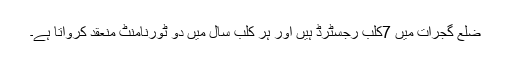
ضلع گجرات میں 7کلب رجسٹرڈ ہیں اور ہر کلب سال میں دو ٹورنامنٹ منعقد کرواتا ہے۔